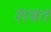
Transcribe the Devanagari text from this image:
शबत